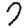
Digit: 7